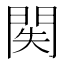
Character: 𨳺